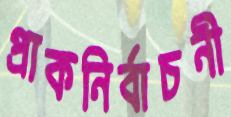
প্রাকনির্বাচনী